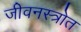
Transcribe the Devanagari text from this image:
जीवनस्त्रोत